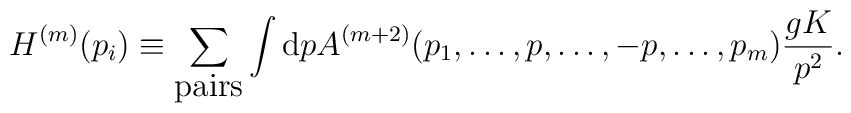
H^{(m)}(p_i) \equiv\sum_{\hbox{pairs}}\int {\rm d}p A^{(m+2)}(p_1,\dots,p,\dots,-p,\dots,p_m) {gK\over p^2}.